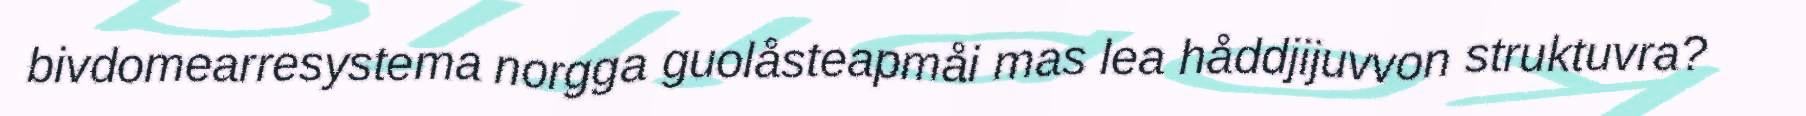
bivdomearresystema norgga guolåsteapmåi mas lea håddjijuvvon struktuvra?